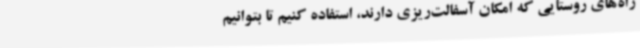
راه‌های روستایی که امکان آسفالت‌ریزی دارند، استفاده کنیم تا بتوانیم